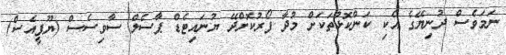
ނަމަވެސް ދުނިޔޭގެ އެކި ކަންކޮޅުތަކަށް މުދާ ފޯރުކޮށްދޭ ޔުނައިޓެޑް ޕާސެލް ސާވިސެސް (ޔޫޕީއެސް)